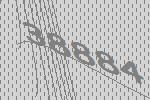
38884